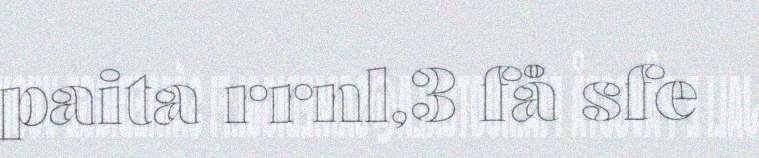
paita rrnl,3 få sfe